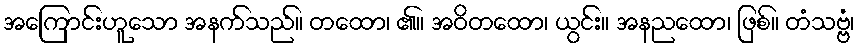
အကြောင်းဟူသော အနက်သည်။ တထော၊ ၏။ အဝိတထော၊ ယွင်း။ အနညထော၊ ဖြစ်။ တံသဗ္ဗံ၊